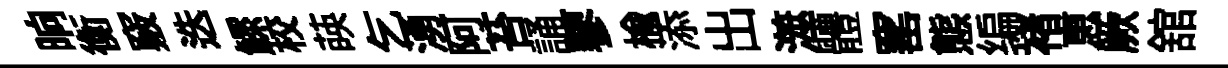
晌衡竅迭鰥校𦴤乞湧阿苔誦蓼榆添出澨體窰態编褚恵厥舘